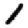
Digit: 1